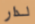
لدار